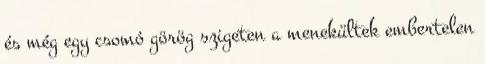
és még egy csomó görög szigeten a menekültek embertelen